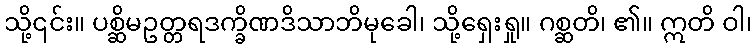
သို့၎င်း။ ပစ္ဆိမဥတ္တရဒက္ခိဏဒိသာဘိမုခေါ၊ သို့ရှေးရှု။ ဂစ္ဆတိ၊ ၏။ ဣတိ ဝါ၊